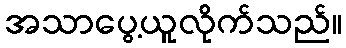
အသာပွေ့ယူလိုက်သည်။